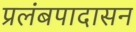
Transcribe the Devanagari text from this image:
प्रलंबपादासन